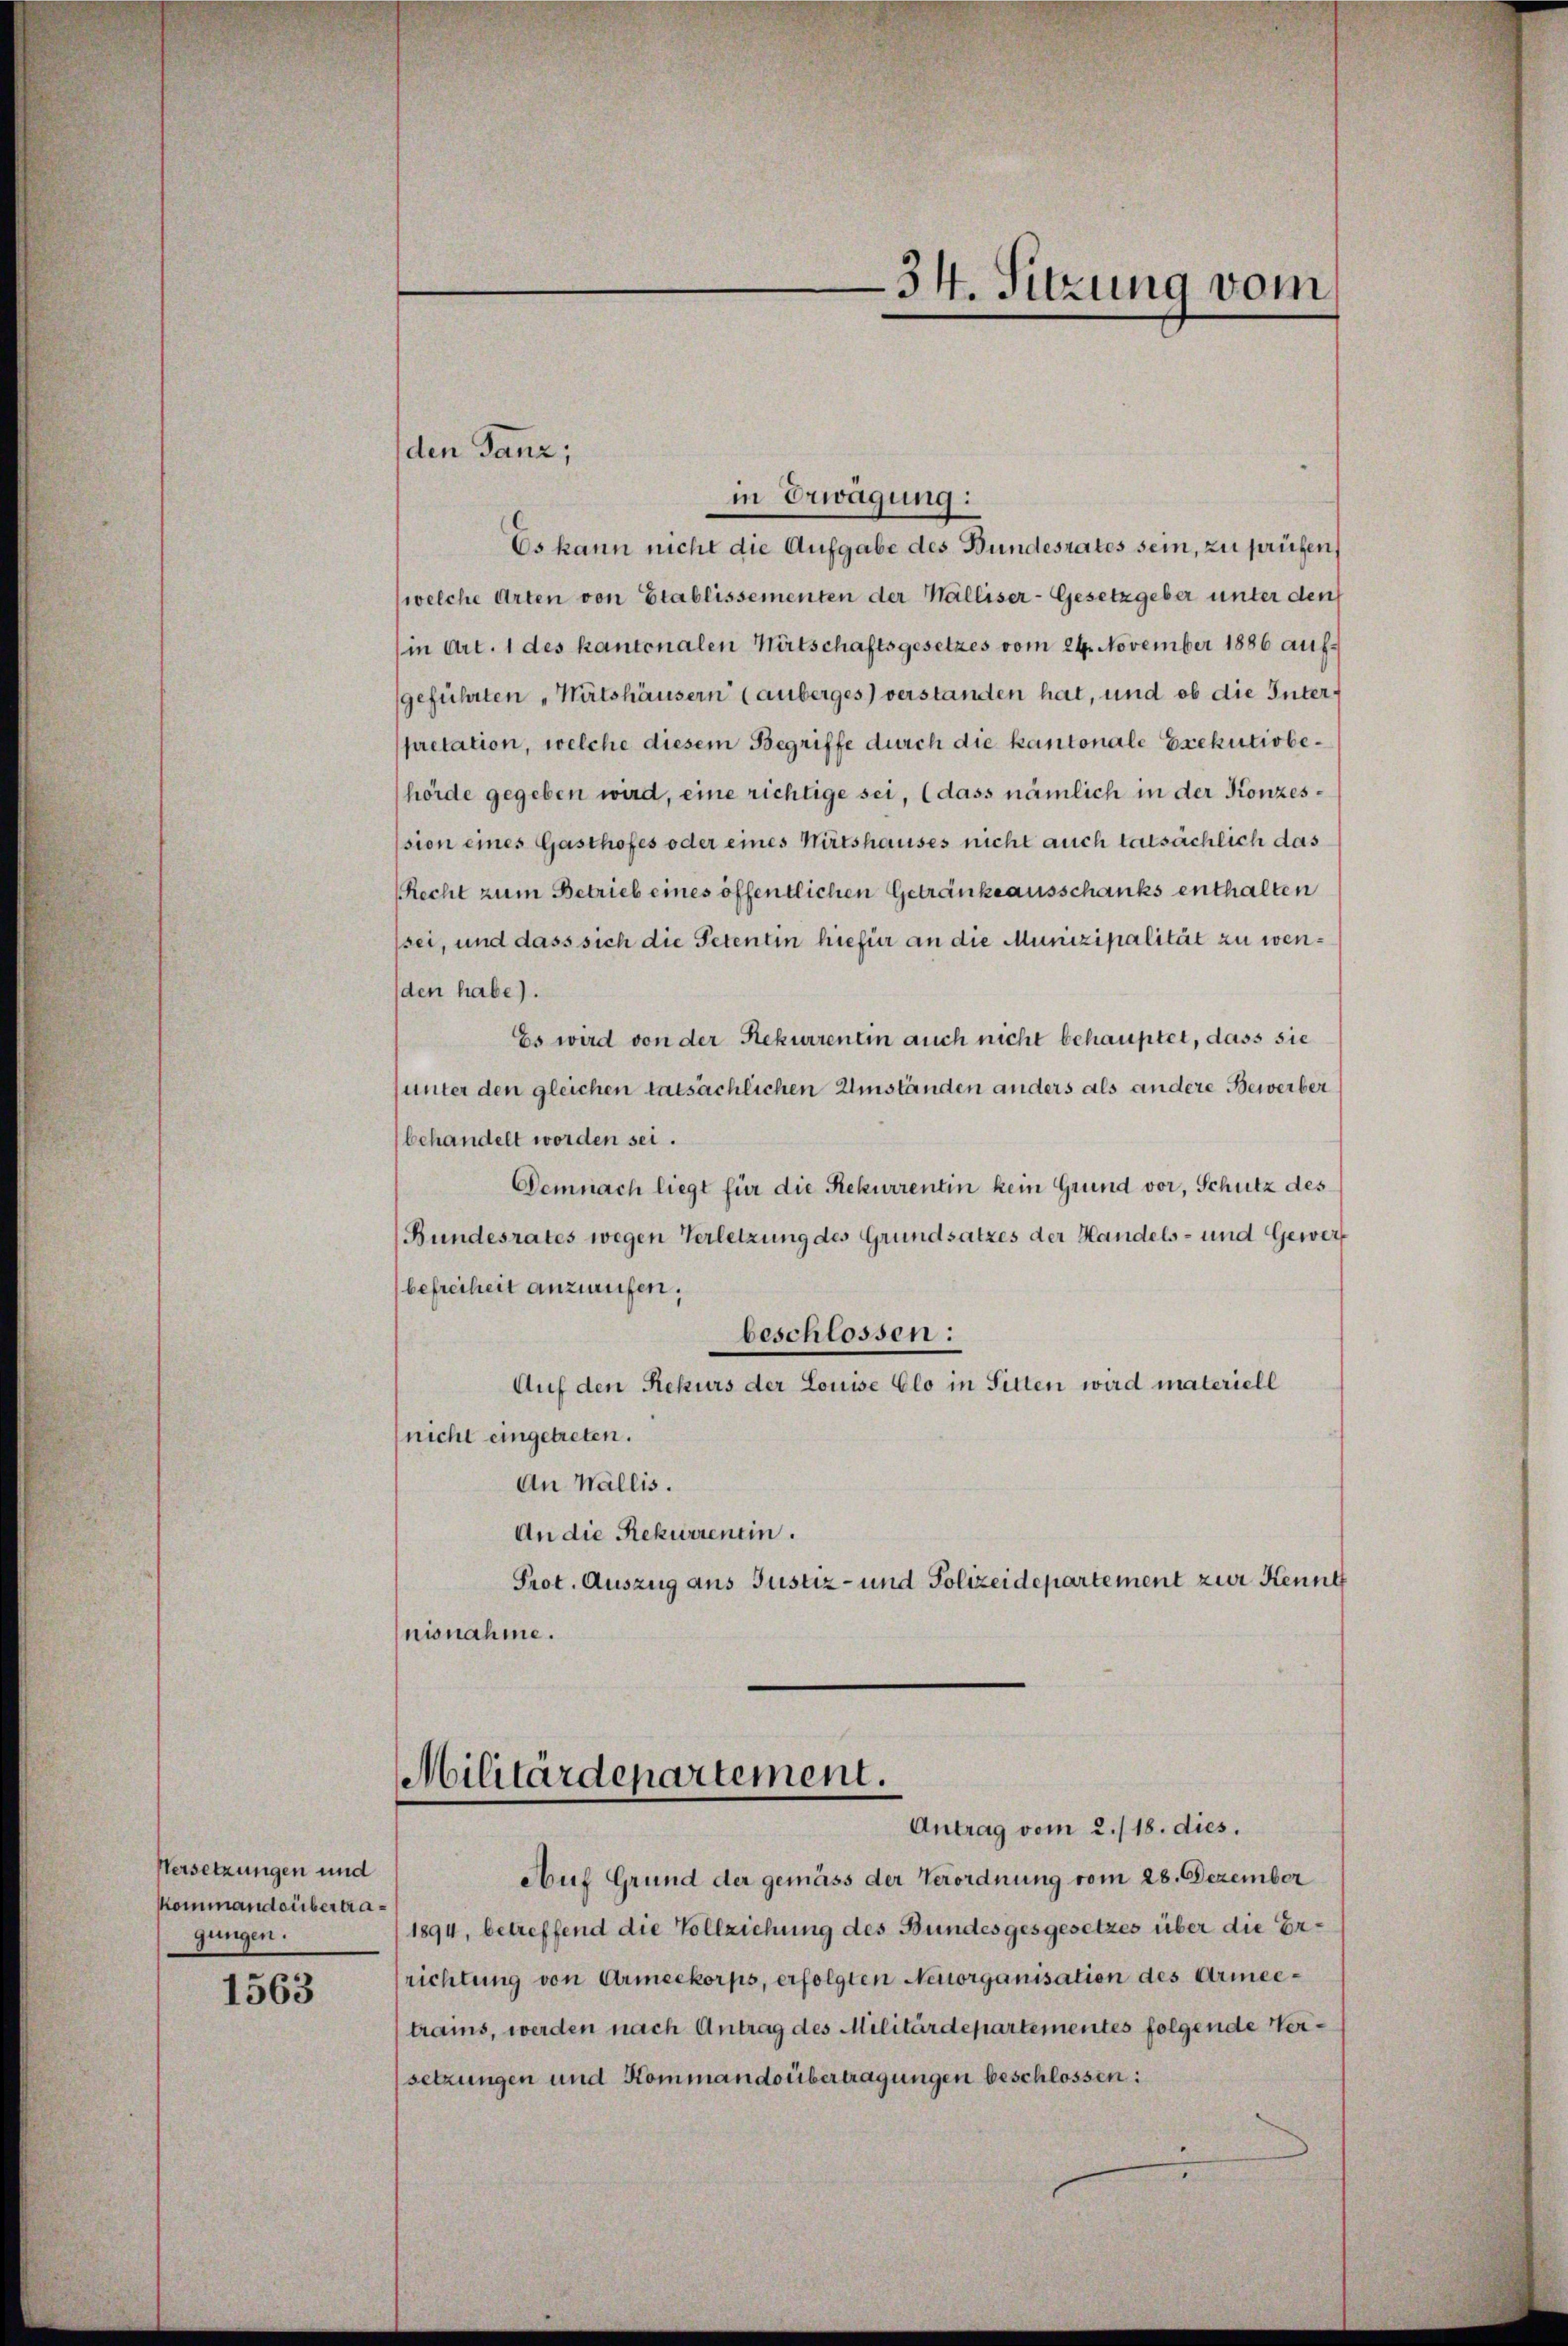
Versetzungen und
Kommandsübertragungen.

1563

den Tanz;

in Erwägung:
Es kann nicht die Aufgabe des Bundesrates sein, zu prüfen,
(welche Arten von Etablissementen der Walliser-Gesetzgeber unter den
in Art. 1 des kantonalen Witschaftsgesetzes vom 24. November 1886 aufgeführten „Wätshäusern (anberges) verstanden hat, und ob die Interpretation, welche diesem Begriffe durch die kantonale Exekutivbehörde gegeben wird, eine richtige sei, (dass nämlich in der Konzesssion eines Gasthofes oder eines Wirtshauses nicht auch tatsächlich das
(Recht zum Betrieb eines öffentlichen Getränke ausschanks enthalten
sei, und dass sich die Petentin hiefür an die Munizipalität zu wenden habe).
Es wird von der Rekurrentin auch nicht behauptet, dass sie
sunter den gleichen tatsächlichen Umständen anders als andere Bewerber
behandelt worden sei.
Demnach liegt für die Rekurrentin kein Grund vor, Schutz des
Bundesrates wegen Verletzung des Grundsatzes der Handels- und Gewerbefreiheit anzurufen.
beschlossen:
Auf den Rekurs der Louise Clo in Sitten wird materiell
(nicht eingetreten.
An Wallis.
An die Rekurrentin.
Prot. Auszug aus Justiz- und Polizeidepartement zur Kennt
nisnahme.
Militärdepartement.
Antrag vom 2./18. dies.
Auf Grund der gemäss der Verordnung vom 28. Dezember
1894, betreffend die Vollziehung des Bundesgesgesetzes über die Errichtung von Armeekorps, erfolgten Neuorganisation des Armeetrams, werden nach Antrag des Militärdepartementes folgende Versetzungen und Kommandsübertragungen beschlossen:

34. Sitzung vom